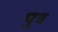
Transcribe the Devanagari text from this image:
पुत्र